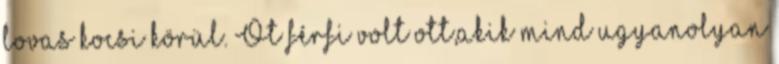
lovas kocsi körül. Öt férfi volt ott,akik mind ugyanolyan